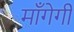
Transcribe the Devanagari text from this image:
माँगेगी